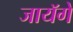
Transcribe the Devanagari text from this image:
जायॅगे